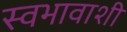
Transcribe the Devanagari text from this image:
स्वभावाशी